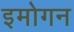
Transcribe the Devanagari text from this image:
इमोगन